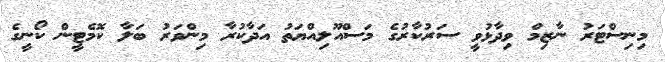
މިނިސްޓަރު ނާޒިމް ވިދާޅުވީ ސަރުކާރުގެ މަސްއޫލިއްޔަތު އަދާކުރާ މިންވަރު ބަލާ ކޮމެޓީން ކޯނީގެ